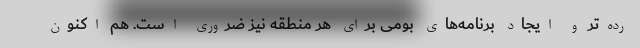
رده‌تر و ایجاد برنامه‌های بومی برای هر منطقه نیز ضروری است. هم اکنون